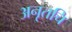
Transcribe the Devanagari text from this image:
अनृतचि